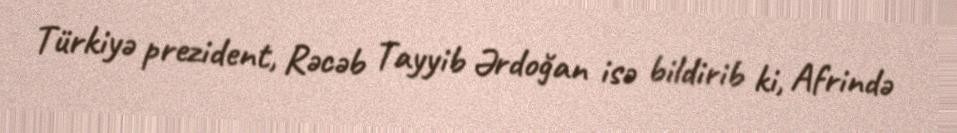
Türkiyə prezident, Rəcəb Tayyib Ərdoğan isə bildirib ki, Afrində